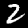
Label: 2